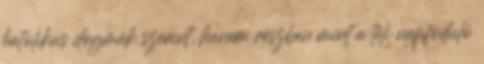
katolikus dogmák szerint, hanem részben mint a téli napfoduló